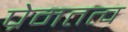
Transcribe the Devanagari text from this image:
प्रेमतत्व